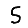
Digit: 5